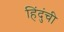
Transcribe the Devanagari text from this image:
हिंदुंची